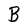
Character: B